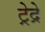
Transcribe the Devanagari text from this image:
ट्रेद्रे